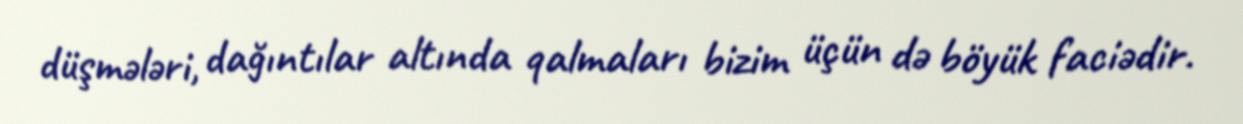
düşmələri, dağıntılar altında qalmaları bizim üçün də böyük faciədir.